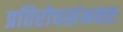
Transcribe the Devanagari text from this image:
प्रतिरोधसंभवतः